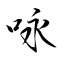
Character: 咏